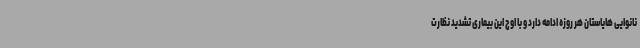
نانوایی هایاستان هر روزه ادامه دارد و با اوج این بیماری تشدید نظارت